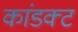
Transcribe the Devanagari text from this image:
कांडक्ट